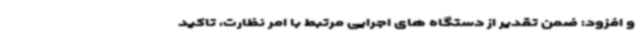
و افزود: ضمن تقدیر از دستگاه های اجرایی مرتبط با امر نظارت، تاکید